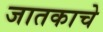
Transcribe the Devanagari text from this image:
जातकाचे